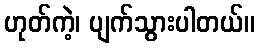
ဟုတ်ကဲ့၊ ပျက်သွားပါတယ်။